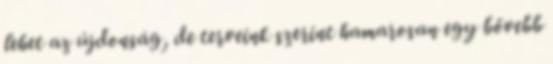
lehet az újdonság, de terveink szerint hamarosan egy bővebb